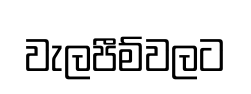
වැලපීම්වලට